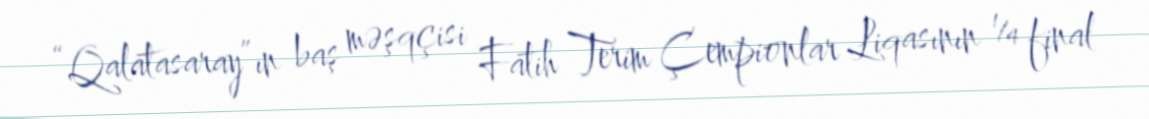
“Qalatasaray”ın baş məşqçisi Fatih Terim Çempionlar Liqasının ¼ final